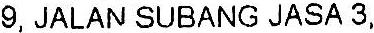
9, JALAN SUBANG JASA 3,